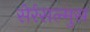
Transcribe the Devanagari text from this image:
सेर्रसल्मुस